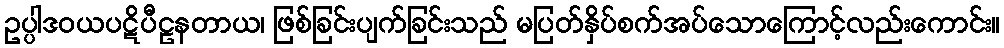
ဥပ္ပါဒဝယပဋိပီဠနတာယ၊ ဖြစ်ခြင်းပျက်ခြင်းသည် မပြတ်နှိပ်စက်အပ်သောကြောင့်လည်းကောင်း။